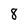
Character: 8